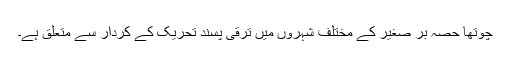
چوتھا حصہ بر صغیر کے مختلف شہروں میں ترقی پسند تحریک کے کردار سے متعلق ہے۔